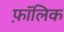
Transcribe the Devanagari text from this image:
फ़ॉलिक